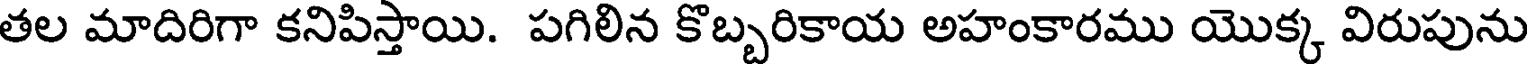
తల మాదిరిగా కనిపిస్తాయి. పగిలిన కొబ్బరికాయ అహంకారము యొక్క విరుపును